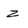
Character: z